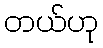
တယ်ဟု